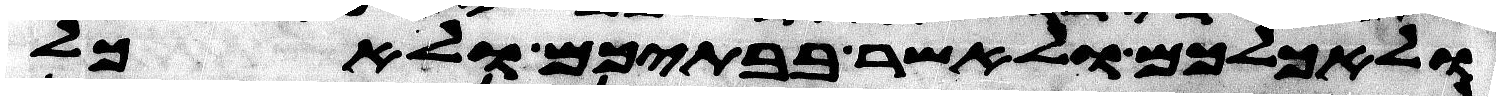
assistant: ולאכלכם ולאשר בבתיכם ולאכל